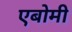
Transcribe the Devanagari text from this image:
एबोमी